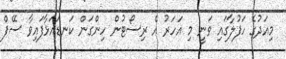
މިއަދުގެ ހަފުލާގައި ވަނީ މި އަހަރު އެ ރިސޯޓުން ހިންގަން ކަނޑައަޅާފައިވާ ސޭފް